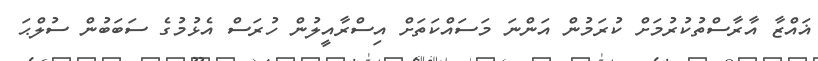
ޣައްޒާ އާރާސްތުކުރުމަށް ކުރަމުން އަންނަ މަސައްކަތަށް އިސްރާއީލުން ހުރަސް އެޅުމުގެ ސަބަބުން ސުލްޙަ